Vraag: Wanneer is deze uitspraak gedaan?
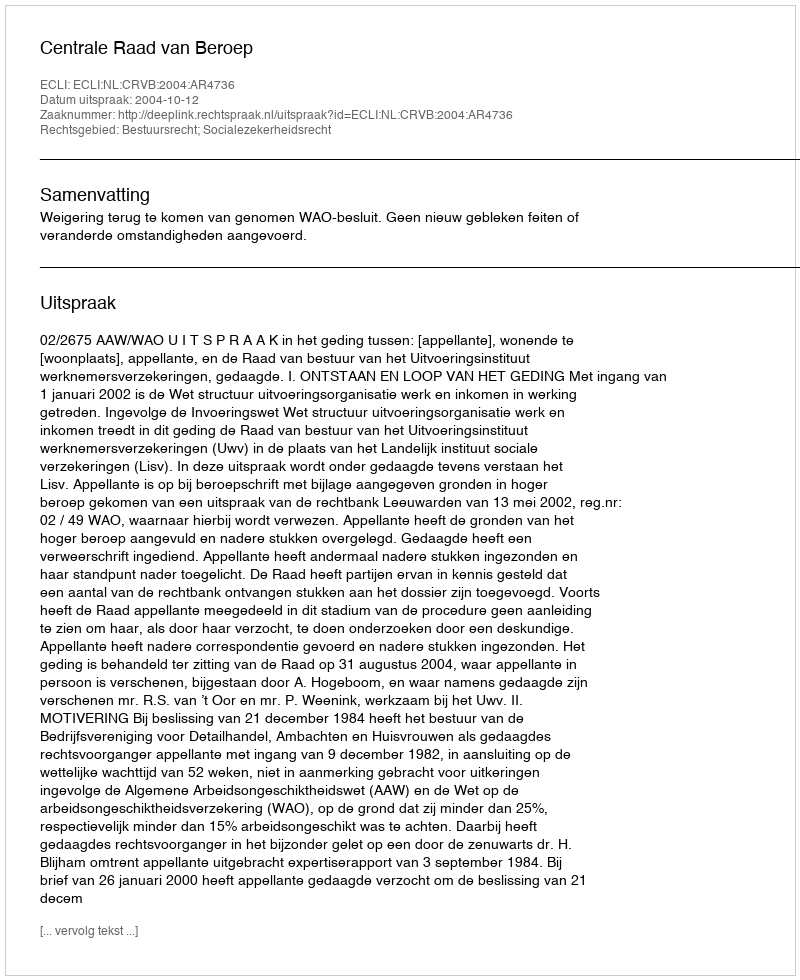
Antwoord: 2004-10-12